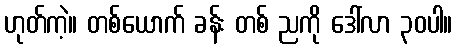
ဟုတ်ကဲ့။ တစ်ယောက် ခန်း တစ် ညကို ဒေါ်လာ ၃၀ပါ။